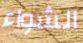
الشواء